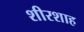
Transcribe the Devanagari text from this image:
शीरशाह